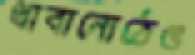
থাবানোঠেঙ